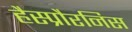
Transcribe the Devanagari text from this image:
हैस्प्रौरनिस